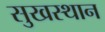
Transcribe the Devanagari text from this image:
सुखस्थान